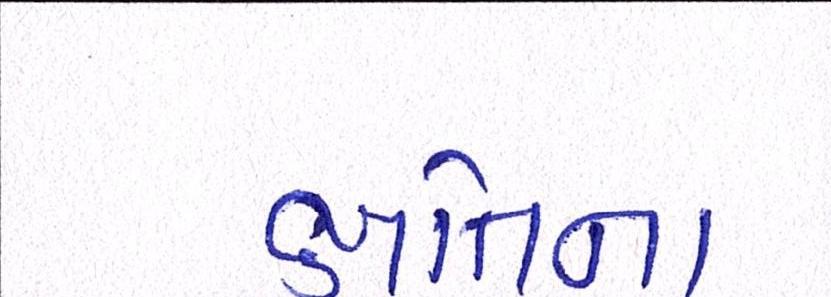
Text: ક્ષતિના